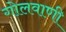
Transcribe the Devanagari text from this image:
गोलवाणी